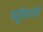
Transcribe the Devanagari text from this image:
पहुँचाएंगे